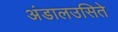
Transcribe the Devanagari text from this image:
अंडालउसिते